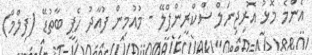
އެންމެ މޮޅު އޮރިޖިނަލް ސްކްރީންޕްލޭ - މުއުމިން ފުއާދު ހެޕީ ބާތުޑޭ (ފިލްމް)